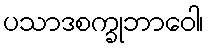
ပသာဒစက္ခုဘာဝေါ၊